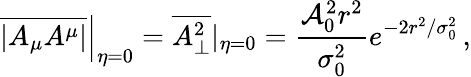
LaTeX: \left.\overline{{|A_{\mu}A^{\mu}|}}\right|_{\eta=0}=\overline{{A_{\perp}^{2}}}|_{\eta=0}=\frac{\mathcal{A}_{0}^{2}r^{2}}{\sigma_{0}^{2}}e^{-2r^{2}/\sigma_{0}^{2}}\, ,